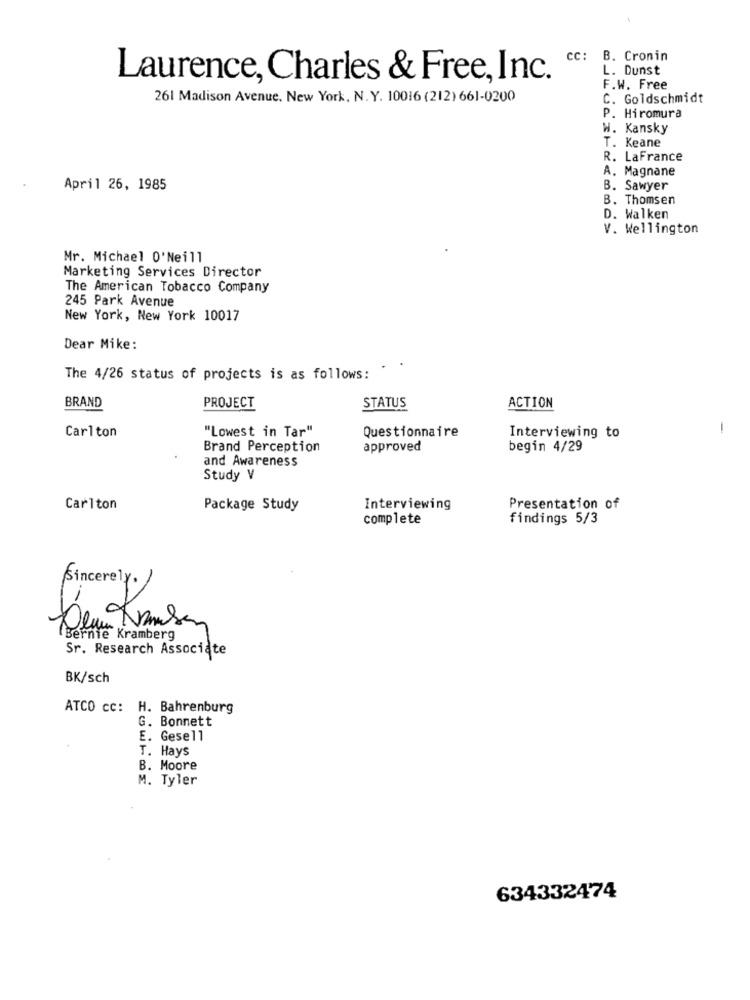
cc:
B. Cronin
L. Dunst
Laurence, Charles & Free, Inc.
F.W. Free
261 Madison Avenue. New York, N.Y. 10016 (212) 661-0200
C. Goldschmidt
P. Hiromura
W. Kansky
T. Keane
R. LaFrance
A. Magnane
April 26, 1985
B. Sawyer
B. Thomsen
D. Walken
V. Wellington
Mr. Michael 0'Neill
Marketing Services Director
The American Tobacco Company
245 Park Avenue
New York, New York 10017
Dear Mike:
-
The 4/26 status of projects is as follows:
BRAND
PROJECT
STATUS
ACTION
Carlton
"Lowest in Tar"
-
Questionnaire
Interviewing to
Brand Perception
approved
begin 4/29
and Awareness
Study V
Carlton
Package Study
Interviewing
Presentation of
complete
findings 5/3
Sincerely.
Bernie Kramberg
Sr. Research Associate
BK/sch
ATCO cc: H. Bahrenburg
G. Bonnett
E. Gesell
T. Hays
B. Moore
M. Tyler
634332474